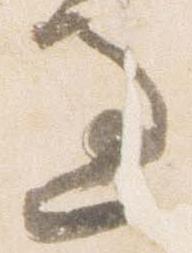
過